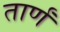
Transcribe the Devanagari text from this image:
तार्णं